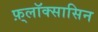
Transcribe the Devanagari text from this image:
फ़्लॉक्सासिन